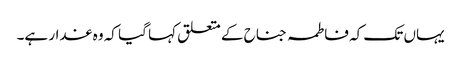
یہاں تک کہ فاطمہ جناح کے متعلق کہا گیا کہ وہ غدار ہے۔